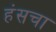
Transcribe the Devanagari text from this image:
हंसचा